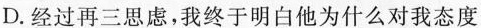
D.经过再三思虑，我终于明白他为什么对我态度